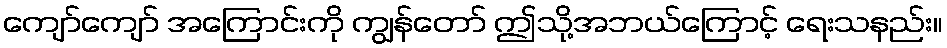
ကျော်ကျော် အကြောင်းကို ကျွန်တော် ဤသို့အဘယ်ကြောင့် ရေးသနည်း။